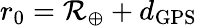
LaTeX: r_{0}=\mathcal{R}_{\oplus}+d_{\mathrm{{GPS}}}